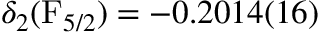
\delta _ { 2 } ( \mathrm { F } _ { 5 / 2 } ) = - 0 . 2 0 1 4 ( 1 6 )